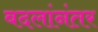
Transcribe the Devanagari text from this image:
बदलांनंतर